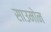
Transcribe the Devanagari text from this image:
साउमोन